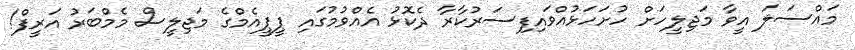
މައްސަލަ އީވާ މަޖިލީހަށް ހުށަހަޅުއްވައިފިސަރުކާރާ ދެކޮޅު އެއްވުމުގައި ޕީޕީއެމްގެ މަޖިލީސް މެމްބަރު އަރީފް!